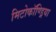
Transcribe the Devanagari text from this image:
मिटोकॉण्ड्रिया